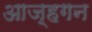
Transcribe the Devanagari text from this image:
आज़्हगन